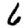
Digit: 6